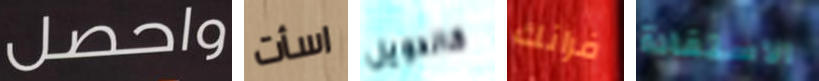
واحصل اسأت كالدويل فرانك الاستفادة